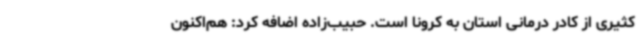
کثیری از کادر درمانی استان به کرونا است. حبیب‌زاده اضافه کرد: هم‌اکنون